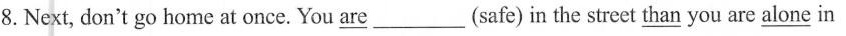
8.Next,don't go home at once. You are_(safe)in the street than you are alone in